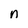
Character: n